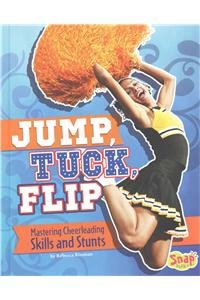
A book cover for Jump, Tuck, Flip: Mastering Cheerleading Skills and Stunts (Cheer Spirit); Rebecca Rissman; Children's Books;